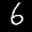
Label: 6